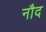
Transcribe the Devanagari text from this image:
नौद